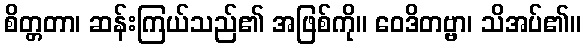
စိတ္တတာ၊ ဆန်းကြယ်သည်၏ အဖြစ်ကို။ ဝေဒိတဗ္ဗာ၊ သိအပ်၏။